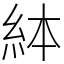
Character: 絊